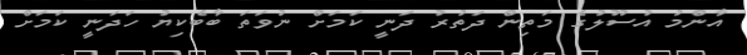
އާންމު އުސޫލުގެ މަތިން ދަތުރު ދަނީ ކަމަށް ނުވަތަ ބާބެކިޔު ހަދަނީ ކަމަށް